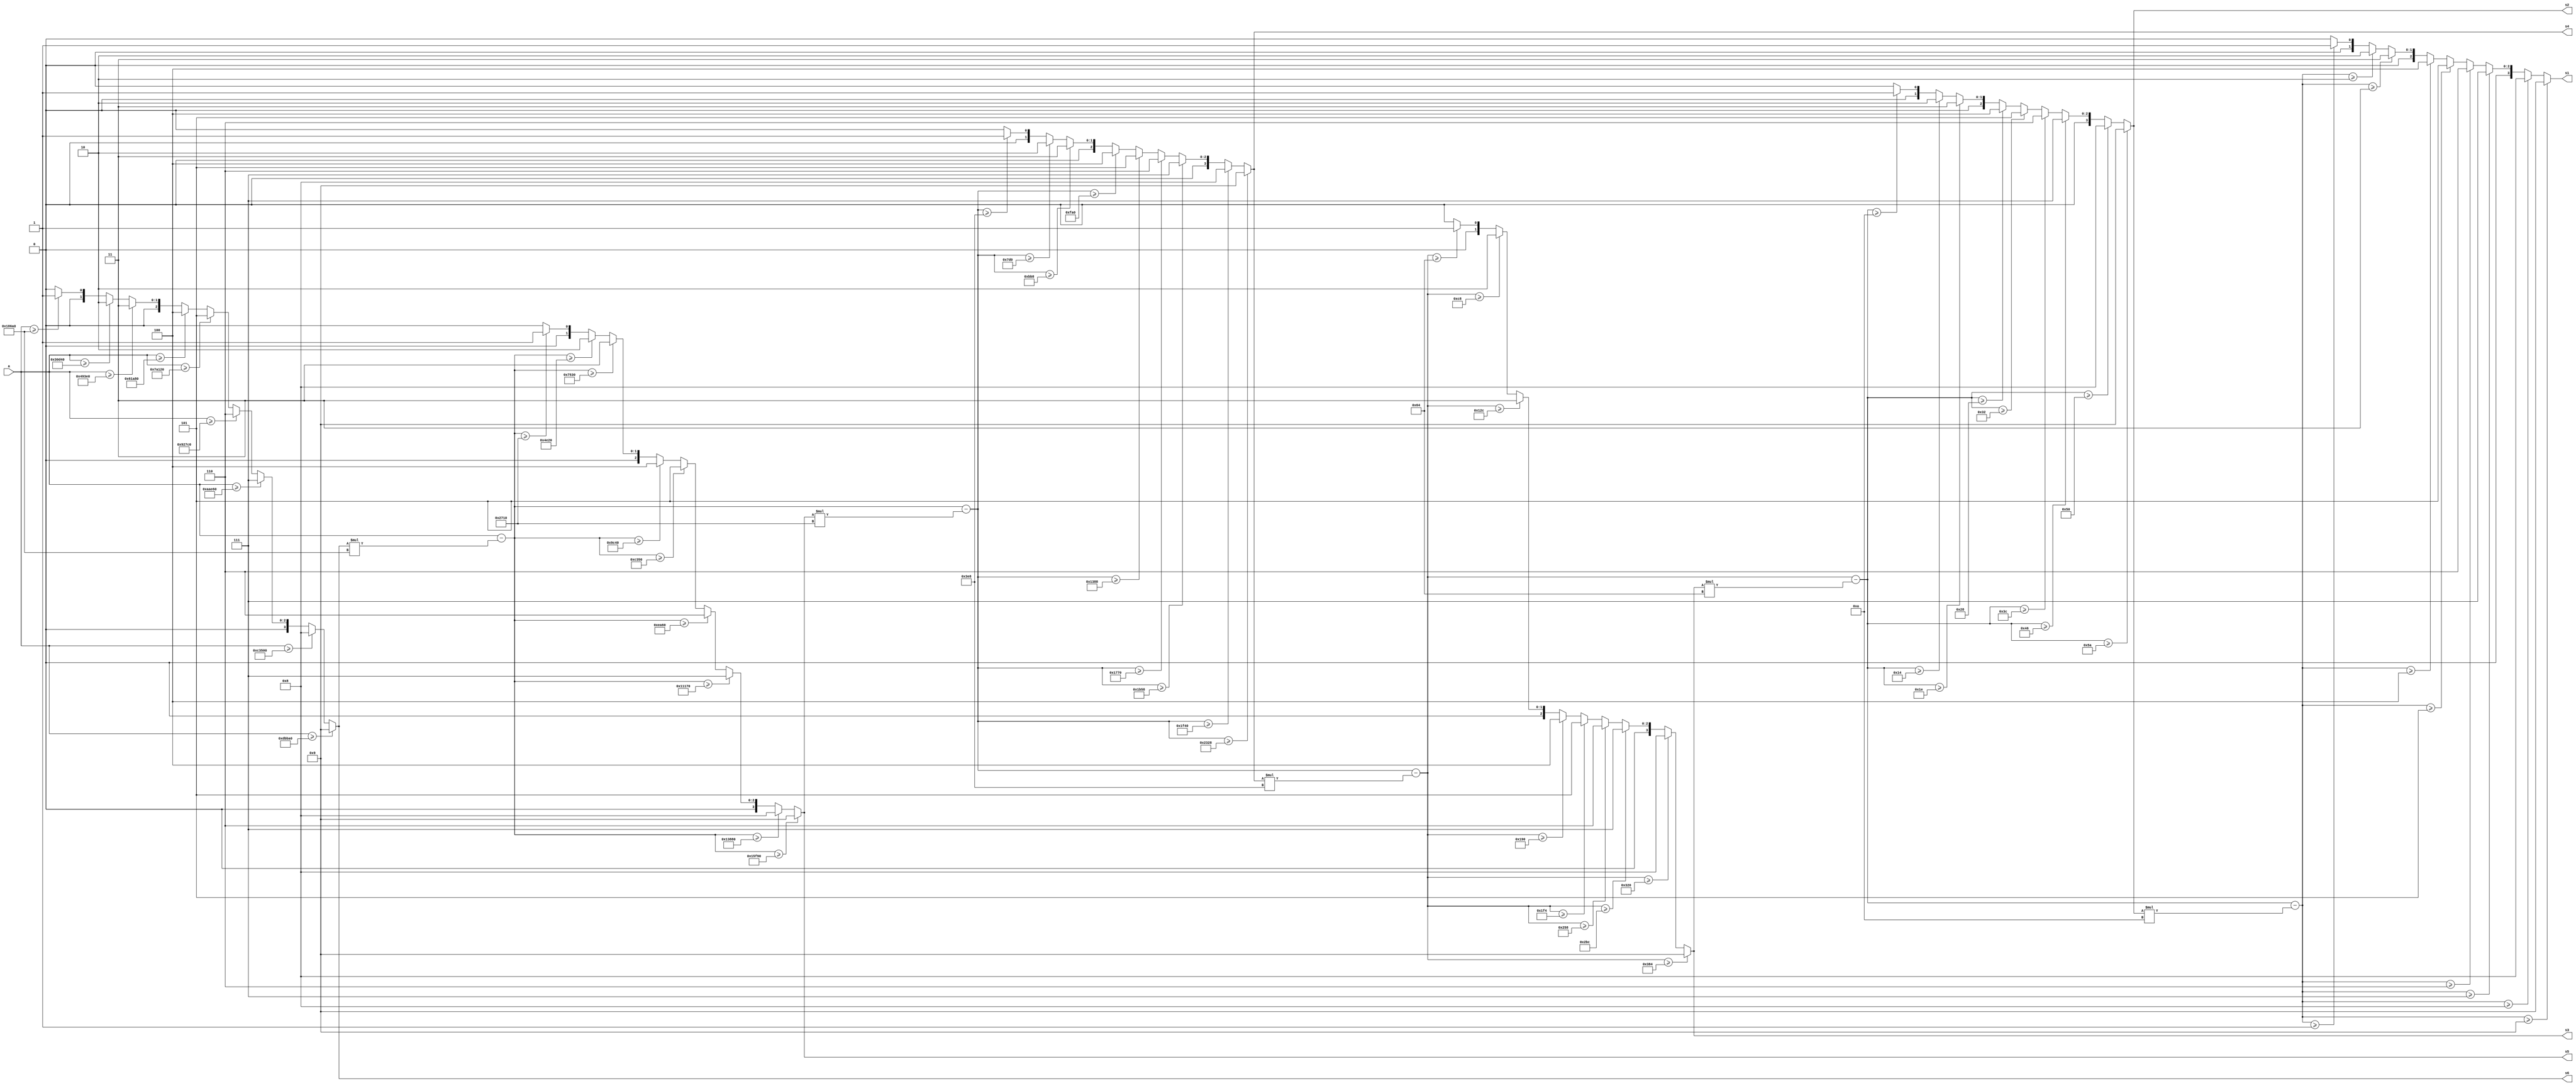
`timescale 1ns / 1ps
//////////////////////////////////////////////////////////////////////////////////
// Company: 
// Engineer: 
// 
// Design Name: 
// Module Name: integerToString
// Project Name: 
// Target Devices: 
// Tool Versions: 
// Description: 
// 
// Dependencies: 
// 
// Revision:
// Revision 0.01 - File Created
// Additional Comments:
// 
//////////////////////////////////////////////////////////////////////////////////


module upperToString(
    output [3:0] s6,
    output [3:0] s5,
    output [3:0] s4,
    output [3:0] s3,
    output [3:0] s2,
    output [3:0] s1,
    input [23:0] a
    );
    wire [23:0] tmp[6:0];
    wire [3:0] s[5:0];
    assign tmp[6] = a;
    genvar c;
    generate for (c = 5; c >= 0; c = c - 1)
    begin
        wire [3:0] digit_val;
        wire [23:0] prev_val;
        wire [23:0] exp;
        assign prev_val = tmp[c + 1];
        assign digit_val = (prev_val >= 24'd9 * (10**c)) ? 4'd9 : (
            prev_val >= 24'd8 * (10**c) ? 4'd8 : (
            prev_val >= 24'd7 * (10**c) ? 4'd7 : (
            prev_val >= 24'd6 * (10**c) ? 4'd6 : (
            prev_val >= 24'd5 * (10**c) ? 4'd5 : (
            prev_val >= 24'd4 * (10**c) ? 4'd4 : (
            prev_val >= 24'd3 * (10**c) ? 4'd3 : (
            prev_val >= 24'd2 * (10**c) ? 4'd2 : (
            prev_val >= 24'd1 * (10**c) ? 4'd1 : 4'd0
        ))))))));
        assign tmp[c] = prev_val - (digit_val * (10**c));
        assign s[c] = digit_val;
    end
    endgenerate
    assign s6 = s[5];
    assign s5 = s[4];
    assign s4 = s[3];
    assign s3 = s[2];
    assign s2 = s[1];
    assign s1 = s[0];
endmodule


module lowerToString(
    output [3:0] s6,
    output [3:0] s5,
    output [3:0] s4,
    output [3:0] s3,
    output [3:0] s2,
    output [3:0] s1,
    input [23:0] a
    );
    wire [27:0] tmp[6:0];
    wire [3:0] s[5:0];
    assign tmp[6] = a;
    genvar c;
    generate for (c = 5; c >= 0; c = c - 1)
    begin
        assign tmp[c] = tmp[c + 1][23:0] * 28'd10;
        assign s[c] = tmp[c][27:24];
    end
    endgenerate
    assign s6 = s[5];
    assign s5 = s[4];
    assign s4 = s[3];
    assign s3 = s[2];
    assign s2 = s[1];
    assign s1 = s[0];
endmodule